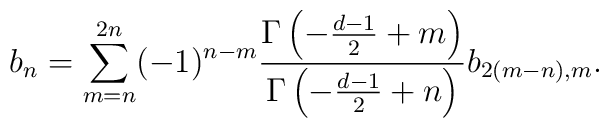
b_n=\sum_{m=n}^{2n}(-1)^{n-m}{\Gamma\left(-{d-1 \over 2}+m\right)\over \Gamma\left(-{d-1 \over 2}+n\right) } b_{2(m-n),m}.